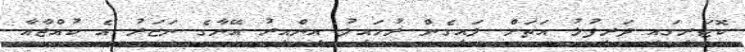
ކޮޓަރީގައި ދަރިފުޅު އަތަށް ލައިގެން ރުހައިލު އިންއިރު އޭނާގެ ނަޒަރު އެ ކުއްޖާއާ